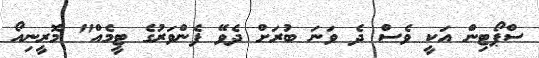
ސްޕޯޓިން އަކީ ވެސް ދެ ވަނަ ބުރަށް ދެވޭ ފެންވަރުގެ ޓީމެއް" މޮރީނިއޯ